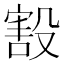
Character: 㲅